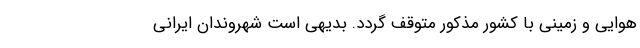
هوایی و زمینی با کشور مذکور متوقف گردد. بدیهی است شهروندان ایرانی